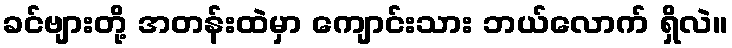
ခင်ဗျားတို့ အတန်းထဲမှာ ကျောင်းသား ဘယ်လောက် ရှိလဲ။